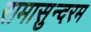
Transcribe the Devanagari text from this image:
रामासुन्दरम